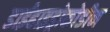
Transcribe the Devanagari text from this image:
डाईहाइड्रोकोडीन